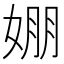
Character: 𡞇